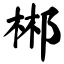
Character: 郴